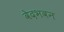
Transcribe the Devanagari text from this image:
वेदभवन